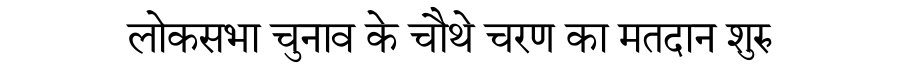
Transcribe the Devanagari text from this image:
लोकसभा चुनाव के चौथे चरण का मतदान शुरु